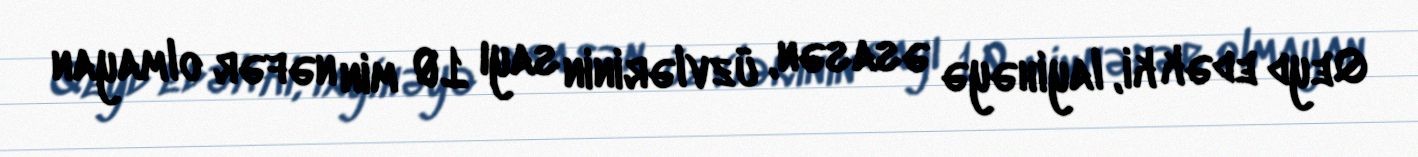
Qeyd edək ki, layihəyə əsasən, üzvlərinin sayı 10 min nəfər olmayan